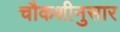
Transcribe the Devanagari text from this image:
चौकशीनुसार